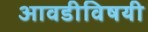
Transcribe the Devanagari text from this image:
आवडीविषयी